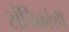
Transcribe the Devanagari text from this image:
संचिकांशी